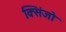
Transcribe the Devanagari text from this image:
क्सिंजो